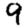
Digit: 9